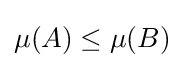
\mu (A)\leq \mu (B)